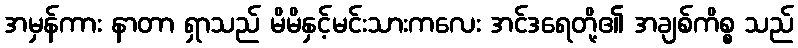
အမှန်ကား နာတာ ရှာသည် မိမိနှင့်မင်းသားကလေး အင်ဒရေတို့၏ အချစ်ကိစ္စ သည်